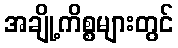
အချို့ကိစ္စများတွင်